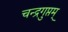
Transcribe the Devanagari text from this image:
चन्द्रगुप्तम्